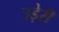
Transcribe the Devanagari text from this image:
उड़ेरी